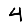
Digit: 4